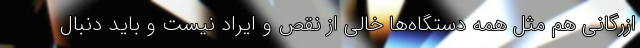
ازرگانی هم مثل همه دستگاه‌ها خالی از نقص و ایراد نیست و باید دنبال